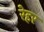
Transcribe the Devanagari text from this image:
रेहर